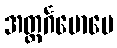
အတ္ထင်္ဂမောပေ